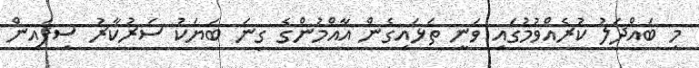
މި ބައްދަލު ކުރެއްވުމުގައި ވަނީ ތަޅައިގެން އާއްމުންގެ ގިނަ ބަޔަކު ސަރުކާރު ސިފައިން